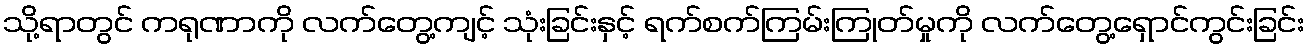
သို့ရာတွင် ကရုဏာကို လက်တွေ့ကျင့် သုံးခြင်းနှင့် ရက်စက်ကြမ်းကြုတ်မှုကို လက်တွေ့ရှောင်ကွင်းခြင်း